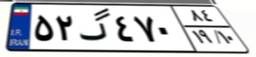
۴۳گ۶۵۰۱۷